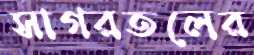
সাগরতলের